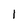
Character: 1